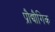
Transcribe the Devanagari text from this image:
प्रौद्यौगिक